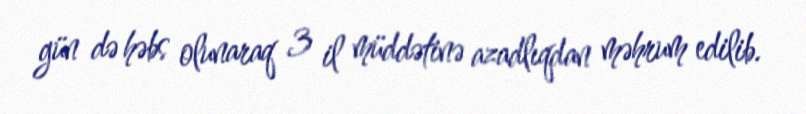
gün də həbs olunaraq 3 il müddətinə azadlıqdan məhrum edilib.